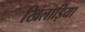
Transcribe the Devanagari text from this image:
खिलाड़िया